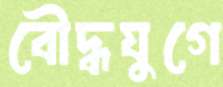
বৌদ্ধযুগে